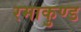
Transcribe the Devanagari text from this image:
रमाकुण्ड